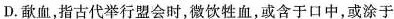
D.歃血，指古代举行盟会时，微饮牲血，或含于口中，或涂于